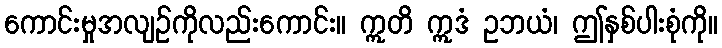
ကောင်းမှုအလျဉ်ကိုလည်းကောင်း။ ဣတိ ဣဒံ ဥဘယံ၊ ဤနှစ်ပါးစုံကို။